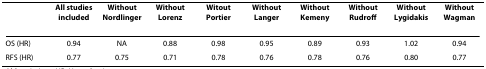
|  | All studies included | Without Nordlinger | Without Lorenz | Witout Portier | Without Langer | Without Kemeny | Without Rudroff | Without Lygidakis | Without Wagman |
 | --- | --- | --- | --- | --- | --- | --- | --- | --- | --- |
 | OS (HR) | 0.94 | NA | 0.88 | 0.98 | 0.95 | 0.89 | 0.93 | 1.02 | 0.94 |
 | RFS (HR) | 0.77 | 0.75 | 0.71 | 0.78 | 0.76 | 0.78 | 0.76 | 0.80 | 0.77 |